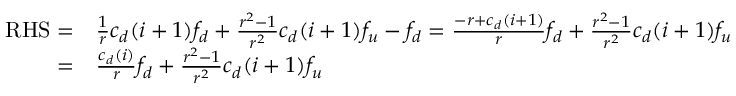
\begin{array} { r l } { \mathrm { R H S } = } & { \frac { 1 } { r } c _ { d } ( i + 1 ) f _ { d } + \frac { r ^ { 2 } - 1 } { r ^ { 2 } } c _ { d } ( i + 1 ) f _ { u } - f _ { d } = \frac { - r + c _ { d } ( i + 1 ) } { r } f _ { d } + \frac { r ^ { 2 } - 1 } { r ^ { 2 } } c _ { d } ( i + 1 ) f _ { u } } \\ { = } & { \frac { c _ { d } ( i ) } { r } f _ { d } + \frac { r ^ { 2 } - 1 } { r ^ { 2 } } c _ { d } ( i + 1 ) f _ { u } } \end{array}